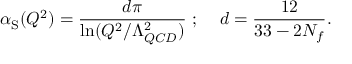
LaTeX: \alpha _ { \mathrm { S } } ( Q ^ { 2 } ) = \frac { d \pi } { \ln ( Q ^ { 2 } / \Lambda _ { Q C D } ^ { 2 } ) } ~ ; \; \; \; \; d = \frac { 1 2 } { 3 3 - 2 N _ { f } } .